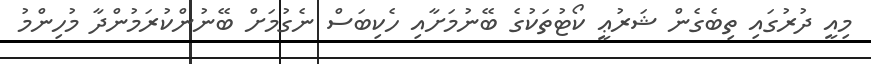
މިއީ ދުރުގައި ތިބެގެން ޝަރުޢީ ކޯޓުތަކުގެ ބޭނުމަށާއި ހެކިބަސް ނެގުމަށް ބޭނުންކުރަމުންދާ މުހިންމު